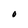
Character: O